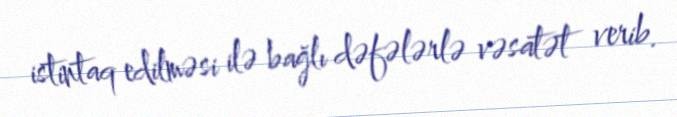
istintaq edilməsi ilə bağlı dəfələrlə vəsatət verib.